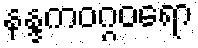
နန္ဒကဝဂ္ဂဝရော